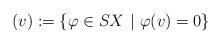
LaTeX: \begin{align*}(v):=\{\varphi\in SX~|~ \varphi(v)=0\}\end{align*}